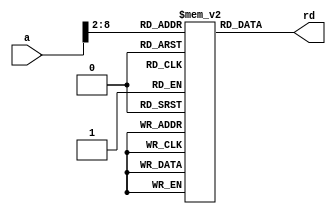
module imem (
    input  wire [31 : 0]       a,
    output wire [31 : 0]       rd
);
    reg [31 : 0] ROM[127 : 0];

    assign rd = ROM[a[31 : 2]];
    
endmodule